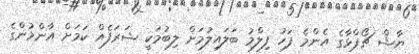
ޔާޝް ޗޯޕްޅާގެ އެންމެ ފަހު ފިލްމު ބަލައިލުމަށް ލިބުމަކީ ޝަރަފެއް ކަމަށް އާންމުންގެ